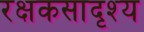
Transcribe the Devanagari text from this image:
रक्षकसादृश्य